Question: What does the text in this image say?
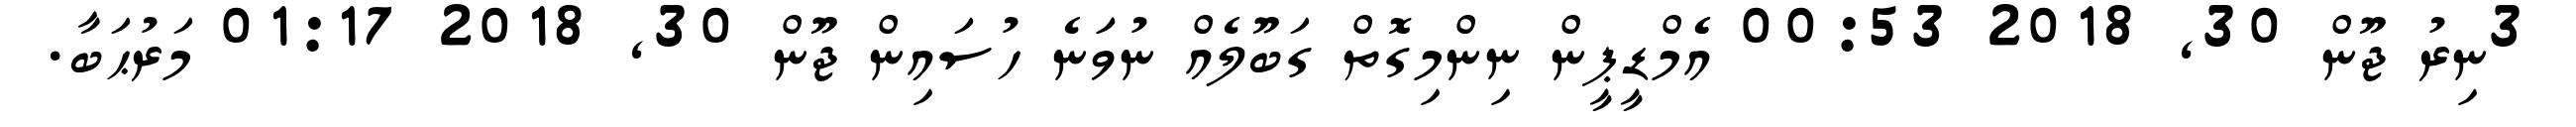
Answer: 3ނިރު ޖޫން 30, 2018 00:53 އެެމްޑީޕީން ނިންމިގޮތް ގަބޫލެއް ނުވަަނެ ހުސައިން ޖޫން 30, 2018 01:17 މަރުޙަބާ.